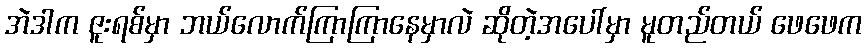
အဲဒါက ဇူးရစ်မှာ ဘယ်လောက်ကြာကြာနေမှာလဲ ဆိုတဲ့အပေါ်မှာ မူတည်တယ် ဖေဖေက